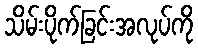
သိမ်းပိုက်ခြင်းအလုပ်ကို